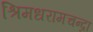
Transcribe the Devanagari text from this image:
श्रिमधरामचन्द्रा